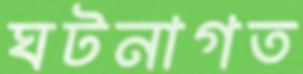
ঘটনাগত